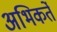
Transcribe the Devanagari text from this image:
अभिकर्ते